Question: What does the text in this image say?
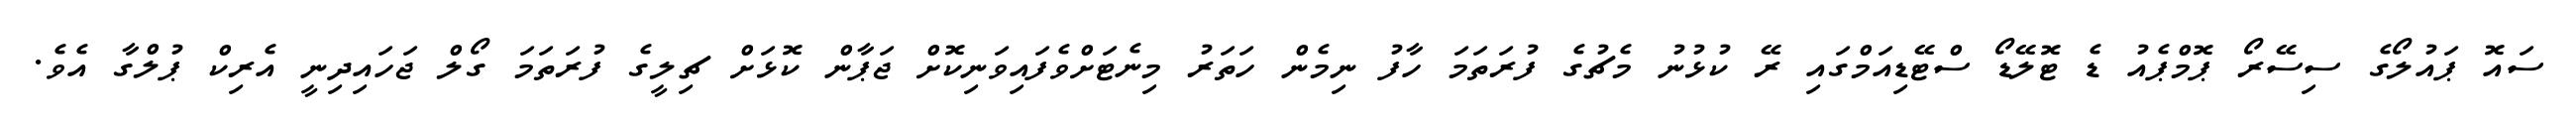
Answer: ސައޮ ޕައުލޯގެ ސިސޭރޯ ޕޮމްޕެއު ޑެ ޓޮލޭޑޯ ސްޓޭޑިއަމްގައި ރޭ ކުޅުނު މެޗުގެ ފުރަތަމަ ހާފު ނިމެން ހަތަރު މިނެޓަށްވެފައިވަނިކޮށް ޖަޕާން ކޮޅަށް ޗިލީގެ ފުރަތަމަ ގޯލް ޖަހައިދިނީ އެރިކް ޕުލްގާ އެވެ.